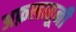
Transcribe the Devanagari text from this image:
अफ़लातूनी